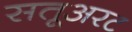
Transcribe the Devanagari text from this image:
सतूअरट